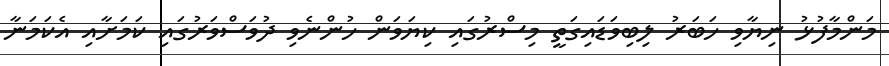
މަންމާފުޅު ނިޔާވި ހަބަރު ލިބިވަޑައިގަތީ މިސްރުގައި ކިޔަވަން ހުންނެވި ދުވަސްވަރުގައި ކަމަށާއި އެކަމަނާ